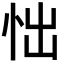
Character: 㤕